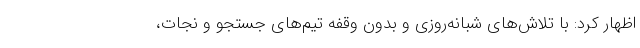
اظهار کرد: با تلاش‌های شبانه‌روزی و بدون وقفه تیم‌های جستجو و نجات،